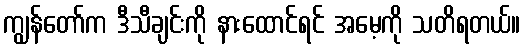
ကျွန်တော်က ဒီသီချင်းကို နားထောင်ရင် အမေ့ကို သတိရတယ်။